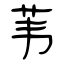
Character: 苇